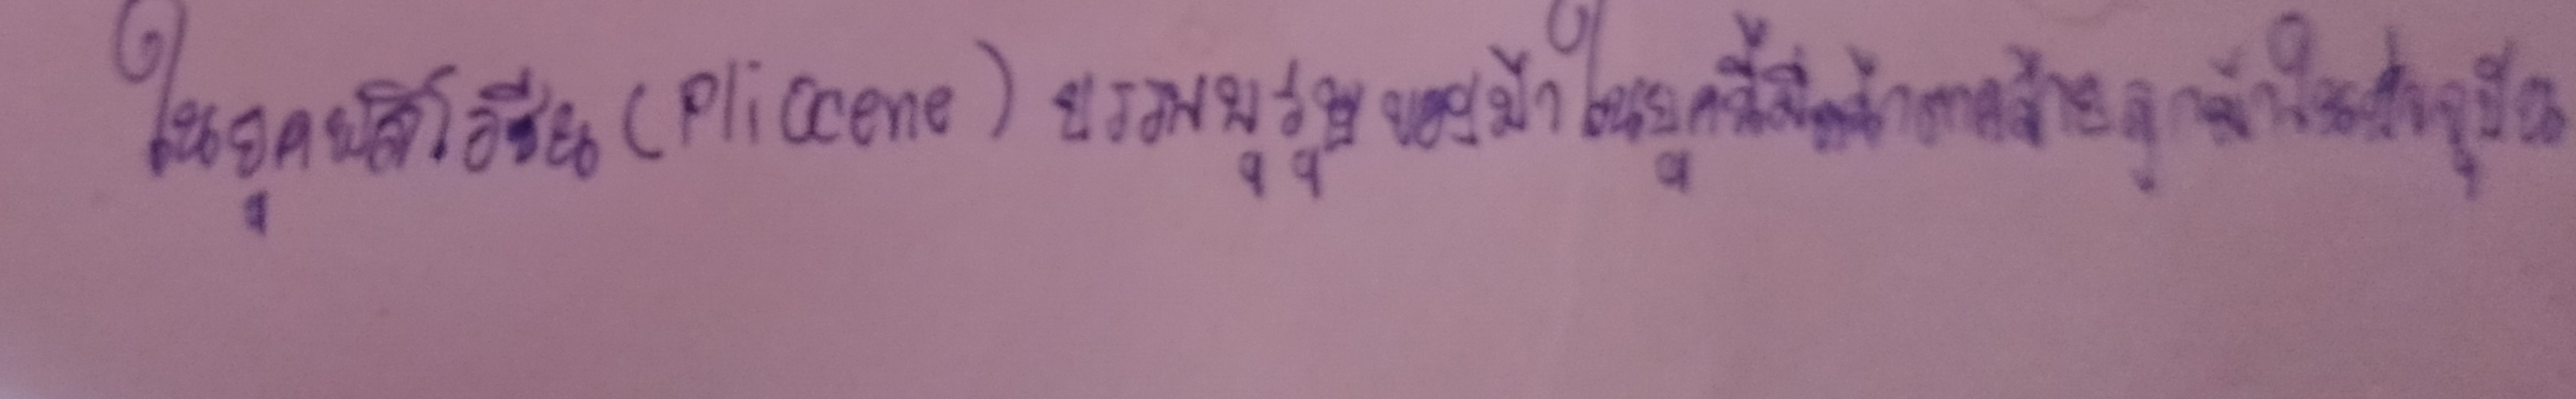
ในยุคพลิโอซีน(Pliocene)บรรพบุรุษของม้าในยุคนี้มีหน้าตาคล้ายลูกม้าในปัจจุบัน